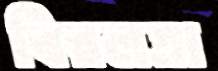
বিরলতা